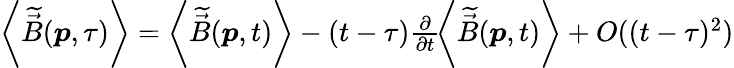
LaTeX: \begin{array}{r}{\left<\widetilde{\vec{B}}(\boldsymbol{p},\tau)\right>=\left<\widetilde{\vec{B}}(\boldsymbol{p},t)\right>-\left(t-\tau\right)\frac{\partial}{\partial t}\! \left<\widetilde{\vec{B}}(\boldsymbol{p},t)\right>+O((t-\tau)^{2})}\end{array}